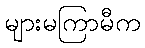
များမကြာမီက